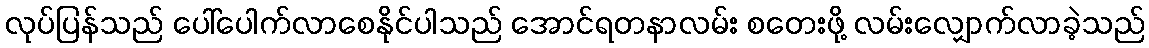
လုပ်ပြန်သည် ပေါ်ပေါက်လာစေနိုင်ပါသည် အောင်ရတနာလမ်း စတေးဖို့ လမ်းလျှောက်လာခဲ့သည်